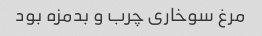
مرغ سوخاری چرب و بدمزه بود